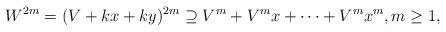
LaTeX: \begin{align*} W^{2m}=(V+kx+ky)^{2m}\supseteq V^m+V^mx+\cdots+V^mx^m, m\geq1, \end{align*}